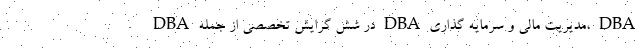
DBA در شش گرایش تخصصی از جمله DBA مدیریت مالی و سرمایه گذاری، DBA